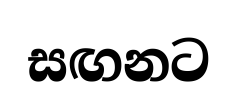
සඟනට